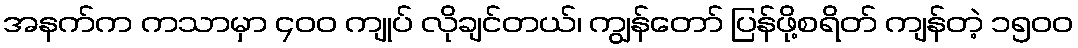
အနက်က ကသာမှာ ၄၀၀ ကျုပ် လိုချင်တယ်၊ ကျွန်တော် ပြန်ဖို့စရိတ် ကျန်တဲ့ ၁၅၀၀